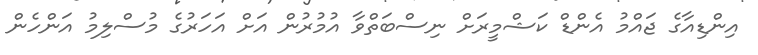
އިންޑިއާގެ ޖައްމު އެންޑް ކަޝްމީރަށް ނިސްބަތްވާ އުމުރުން އަށް އަހަރުގެ މުސްލިމު އަންހެން